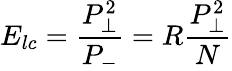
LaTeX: E_{lc}={\frac{P_{\perp}^{2}}{P_{-}}}=R{\frac{P_{\perp}^{2}}{N}}